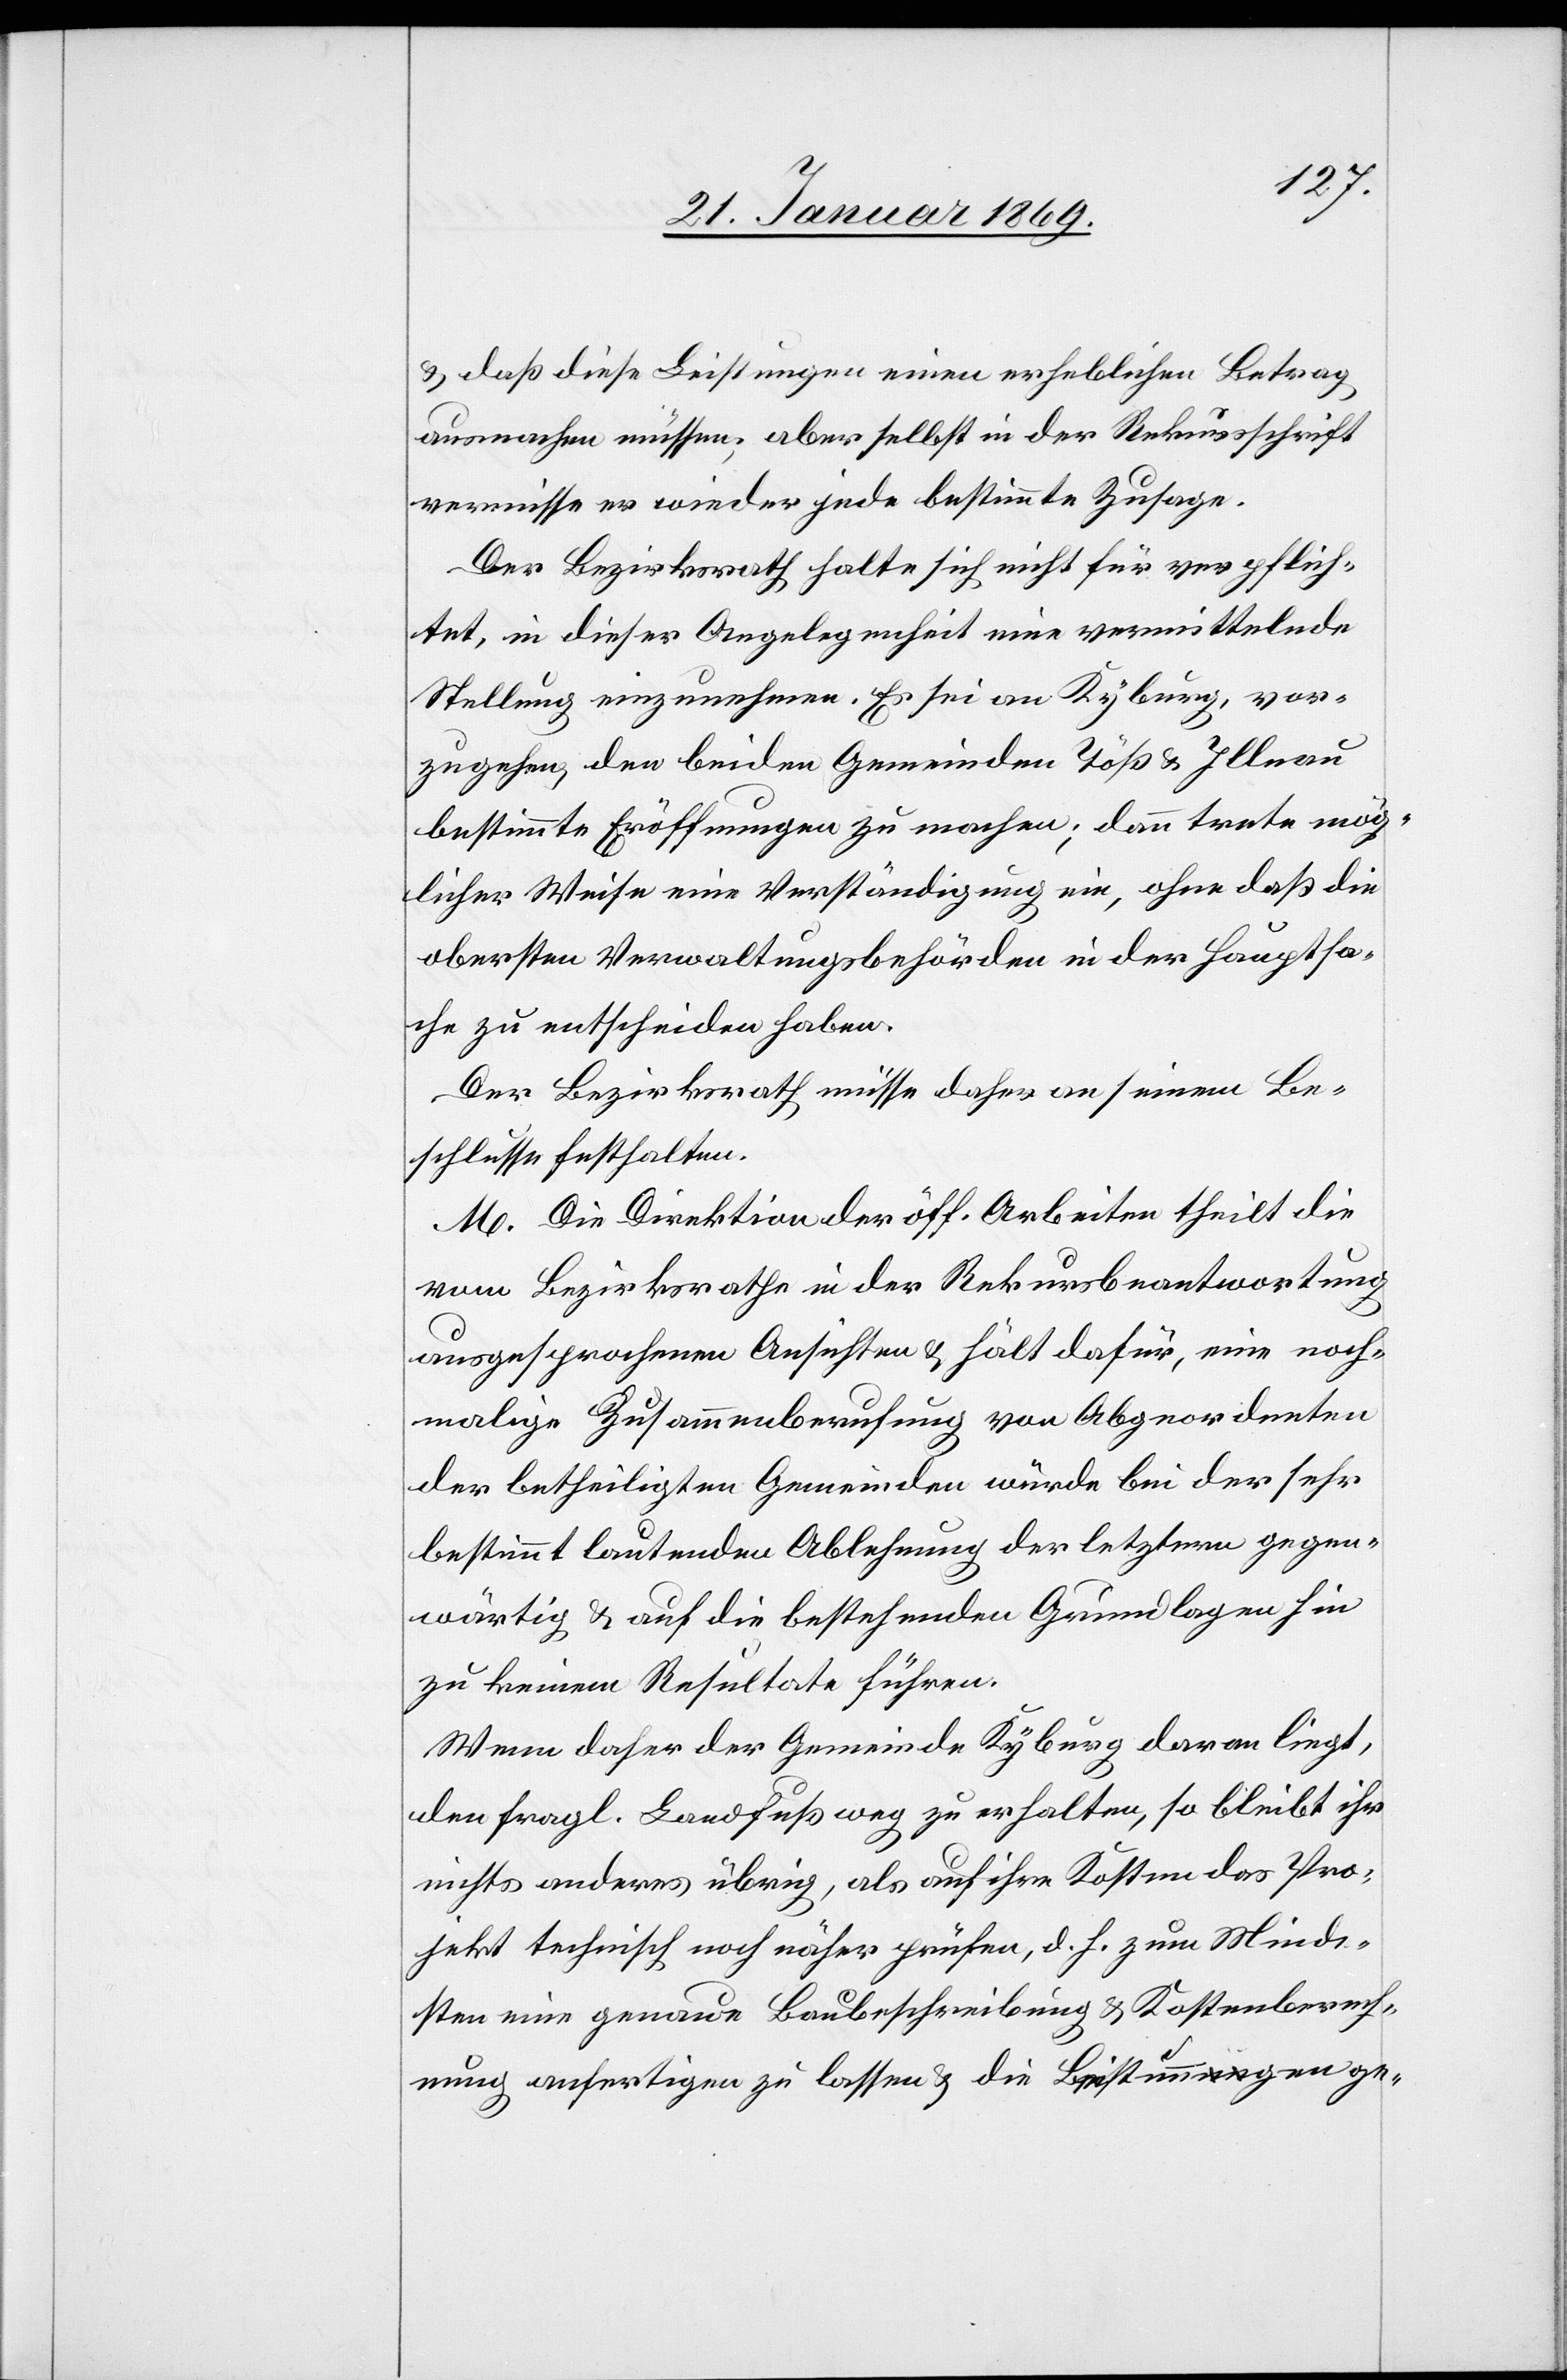
& daß diese Leistungen einen erheblichen Betrag,
ausmachen müssen, aber selbst in der Rekursschrift
vermisse er wieder jede bestimmte Zusage.
Der Bezirksrath halte sich nicht für verpflich¬
tet, in dieser Angelegenheit eine vermittelnde
Stellung einzunehmen. Es sei an Kyburg, vor¬
zugehen, den beiden Gemeinden Töß & Illnau
bestimmte Eröffnungen zu machen; dann trete mög¬
licher Weise eine Verständigung ein, ohne daß die
obersten Verwaltungsbehörden in der Hauptsa¬
che zu entscheiden haben.
Der Bezirksrath müsse daher an seinem Be¬
schlusse festhalten.
M. Die Direktion der öff. Arbeiten theilt die
vom Bezirksrathe in der Rekursbeantwortung
ausgesprochenen Ansichten & hält dafür, eine noch¬
malige Zusammenberufung von Abgeordneten
der betheiligten Gemeinden würde bei der sehr
bestimmt lautenden Ablehnung der letztern gegen¬
wärtig & auf die bestehende Grundlage hin
zu keinem Resultate führen.
Wenn daher der Gemeinde Kyburg daran liegt,
den fragl. Landfußweg zu erhalten, so bleibt ihr
nichts anderes übrig, als auf ihre Kosten das Pro¬
jekt technisch noch näher prüfen, d. h. zum Minde¬
sten eine genaue Baubeschreibung & Kostenberech¬
nung anfertigen zu lassen & die Leistungen ge-